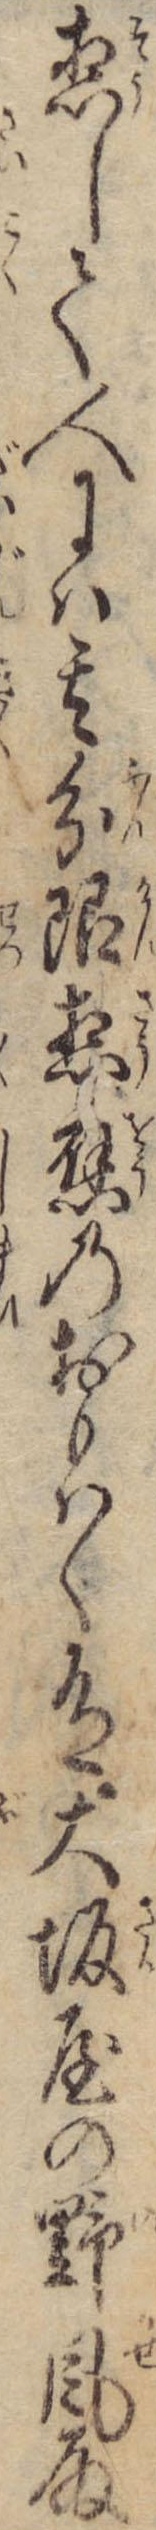
惣して人には其分限惣応のおもはく有大坂屋の野風殿